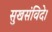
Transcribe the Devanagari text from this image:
सुखसंविदे।